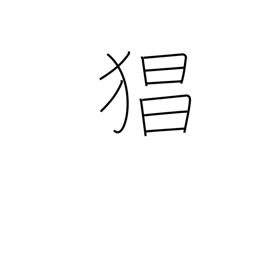
Meaning: violence